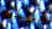
ليتم